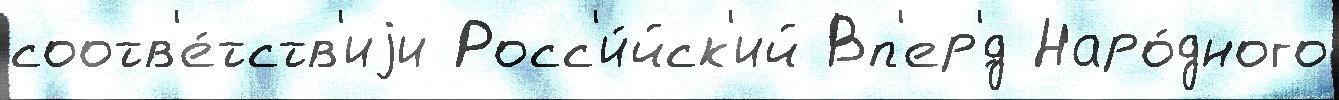
соотв'е́тств'иjи Росс'и́йск'ий Вп'ер'́д Наро́дного